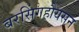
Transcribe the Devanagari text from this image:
बरसिंगहौयसन